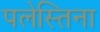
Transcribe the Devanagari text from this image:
पलेस्तिना